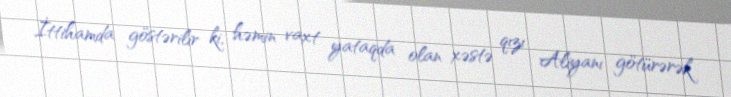
İttihamda göstərilir ki, həmin vaxt yataqda olan xəstə qızı Aliyanı götürərək